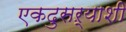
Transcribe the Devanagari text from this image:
एकदुसऱ्याशी